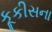
કૂકીસના